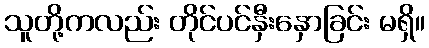
သူတို့ကလည်း တိုင်ပင်နှီးနှောခြင်း မရှိ။